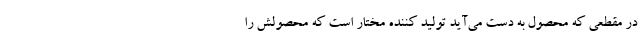
در مقطعی که محصول به دست می‌آید تولید کننده مختار است که محصولش را